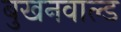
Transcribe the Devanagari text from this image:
बुखनवाल्ड